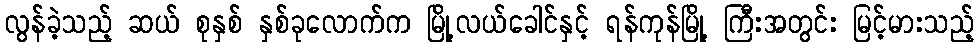
လွန်ခဲ့သည့် ဆယ် စုနှစ် နှစ်ခုလောက်က မြို့လယ်ခေါင်နှင့် ရန်ကုန်မြို့ ကြီးအတွင်း မြင့်မားသည့်